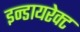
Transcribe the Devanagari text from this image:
इन्डायरेक्ट